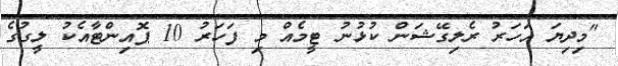
"މިދިޔަ އަހަރު ރެލިގޭޝަން ކުޅުނު ޓީމެއް މި ފަހަރު 10 ޕޮއިންޓާއެކު ލީގުގެ